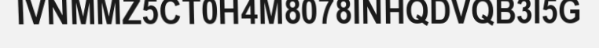
IVNMMZ5CT0H4M8078INHQDVQB3I5G